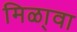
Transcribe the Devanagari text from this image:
मिळा्वा